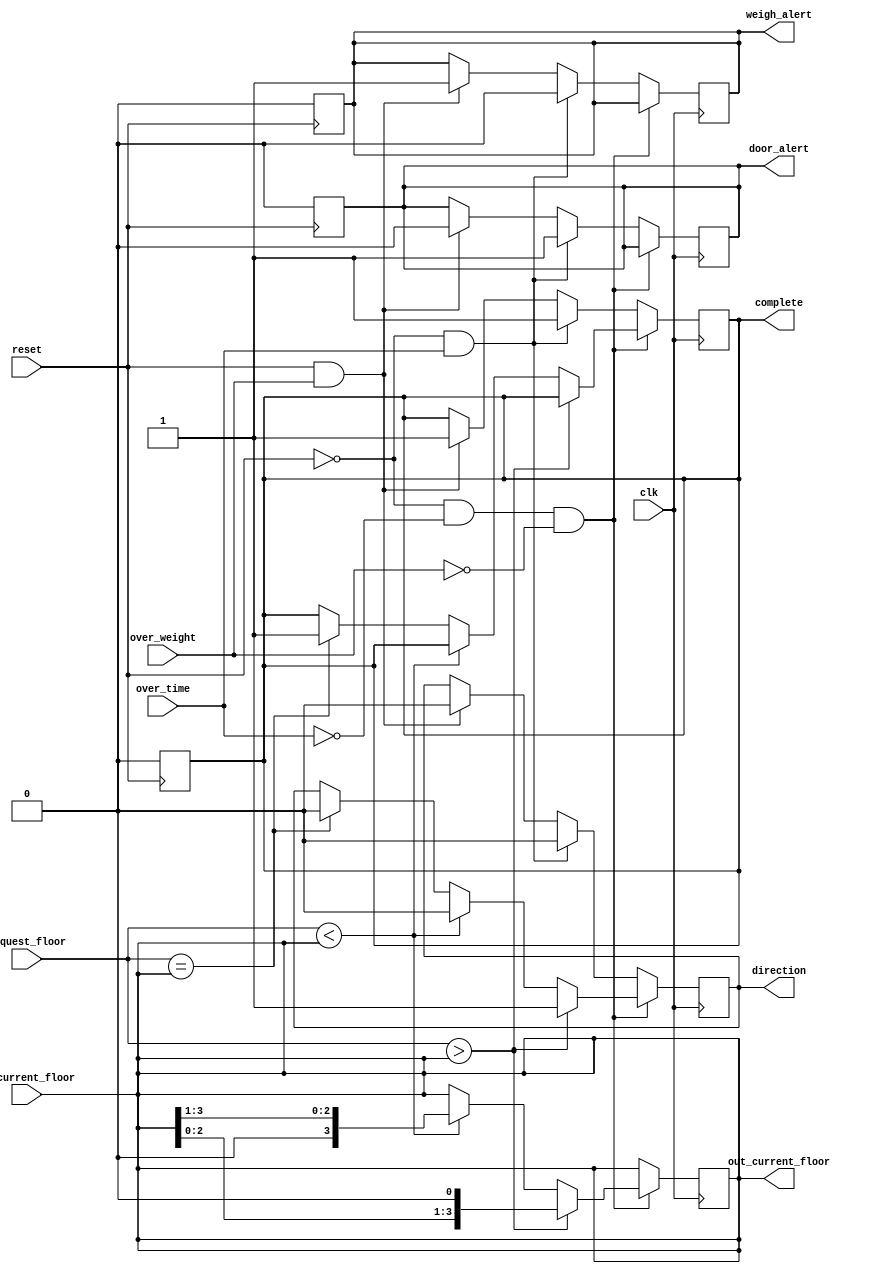
// Code your design here
// Code your design here
module elevator_controller (request_floor, in_current_floor, clk, reset, complete, direction,over_time, over_weight, weigh_alert, door_alert, out_current_floor);

  input [3:0] request_floor; // the 4 bit input request_floor
  input [3:0]in_current_floor; // the 4 bit input   request_floor; 
  input clk; //we generate a low frequency clock 
  input reset; // the 1 bit input reset
	
  input over_time; //the 1 bit input which indicates the door keep open for 3 minutes 
  input over_weight; // the 1 bit input which indicates the weight in the elevator is larger than 600kgs

//the output pins

output direction; // the 1 bit output which indicates the direction of the elevator 
output complete; // the 1 bit output which indicates whether elevalor is running or stopped

output door_alert; // the 1 bit output which indicates the door keep open for 3 minutes 
output weigh_alert; // the 1 bit output which ndicates the weight in the elevator is larger than 600kgs 
  output [3:0] out_current_floor; // the 4 bit ourput which shows the current floor


  //register parameters

reg r_direction; // 1 bit register connected to the output direction 
reg r_complete; // 1 bit register connected to the output complete

reg r_door_alert;// 1 bit register connected to the output door_alert 
reg r_weigh_alert;// 1 bit register connected to the output weigh_alert

reg [3:0] r_out_current_floor; // 4 bit register connected to the output out_current_floor;

//clock generator register

reg [12:0] clk_count;

reg clk_200;

reg clk_trigger;

//match pins and registers

assign direction=r_direction;
assign complete=r_complete;
assign door_alert=r_door_alert; 
assign weigh_alert=r_weigh_alert;
assign out_current_floor= r_out_current_floor;

//initialization

always @(negedge reset) begin

  clk_200=1'b0;

  clk_count=0;

  clk_trigger=1'b0;

  //reset the clock registers

  r_complete=1'b0; // set the default value to 0
  r_door_alert=1'b0; //set the default value to 0
  r_weigh_alert=1'b0; //set the default value to 0

end
  
// clock generator block

always @ (posedge clk) begin 
	if (clk_trigger) begin 
		clk_count=clk_count+1; 
    end
  

	if (clk_count==5000) begin

		clk_200=~clk_200;

		clk_count=0;

	end

end
  
// in the case if there is a request floor

always @(request_floor) begin

    clk_trigger=1; 
    clk_200=~clk_200;

//trigger the clock generator

	r_out_current_floor <= in_current_floor;

// put the value of the input in_current_floor to the register r_out_current_floor

end

  

//the normal running cases of the elevator 
always @ (posedge clk) begin

	if (!reset && !over_time && !over_weight) begin 
    // case 1: the normal running case of the elevator

      if (request_floor > r_out_current_floor) begin

			r_direction=1'b1;

			r_out_current_floor <=r_out_current_floor << 1;
				
      	end
      
		else if (request_floor < r_out_current_floor) begin
		r_direction= 1'b0;

		r_out_current_floor <=r_out_current_floor >> 1;
    	end
	
		else if (request_floor == r_out_current_floor) begin

		r_complete=1; 
        r_direction=0;

		end
	end
  
	//case 2: the door keep open for more than 3 minutes
	else if (!reset && over_time) begin

		r_door_alert= 1 ;

		r_complete = 1 ;

		r_weigh_alert = 0 ;

		r_direction = 0;

		r_out_current_floor <= r_out_current_floor;

	end

//case 3: the total weigt in the elevator is more than 600kgs

	else if ( reset && over_weight) begin

		r_door_alert=0;

		r_weigh_alert=1;

		r_complete = 1 ;

		r_direction = 0;

		r_out_current_floor <= r_out_current_floor;
	end
end
endmodule